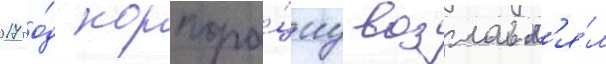
2017 го́д корпора́циу возглавл'я́л